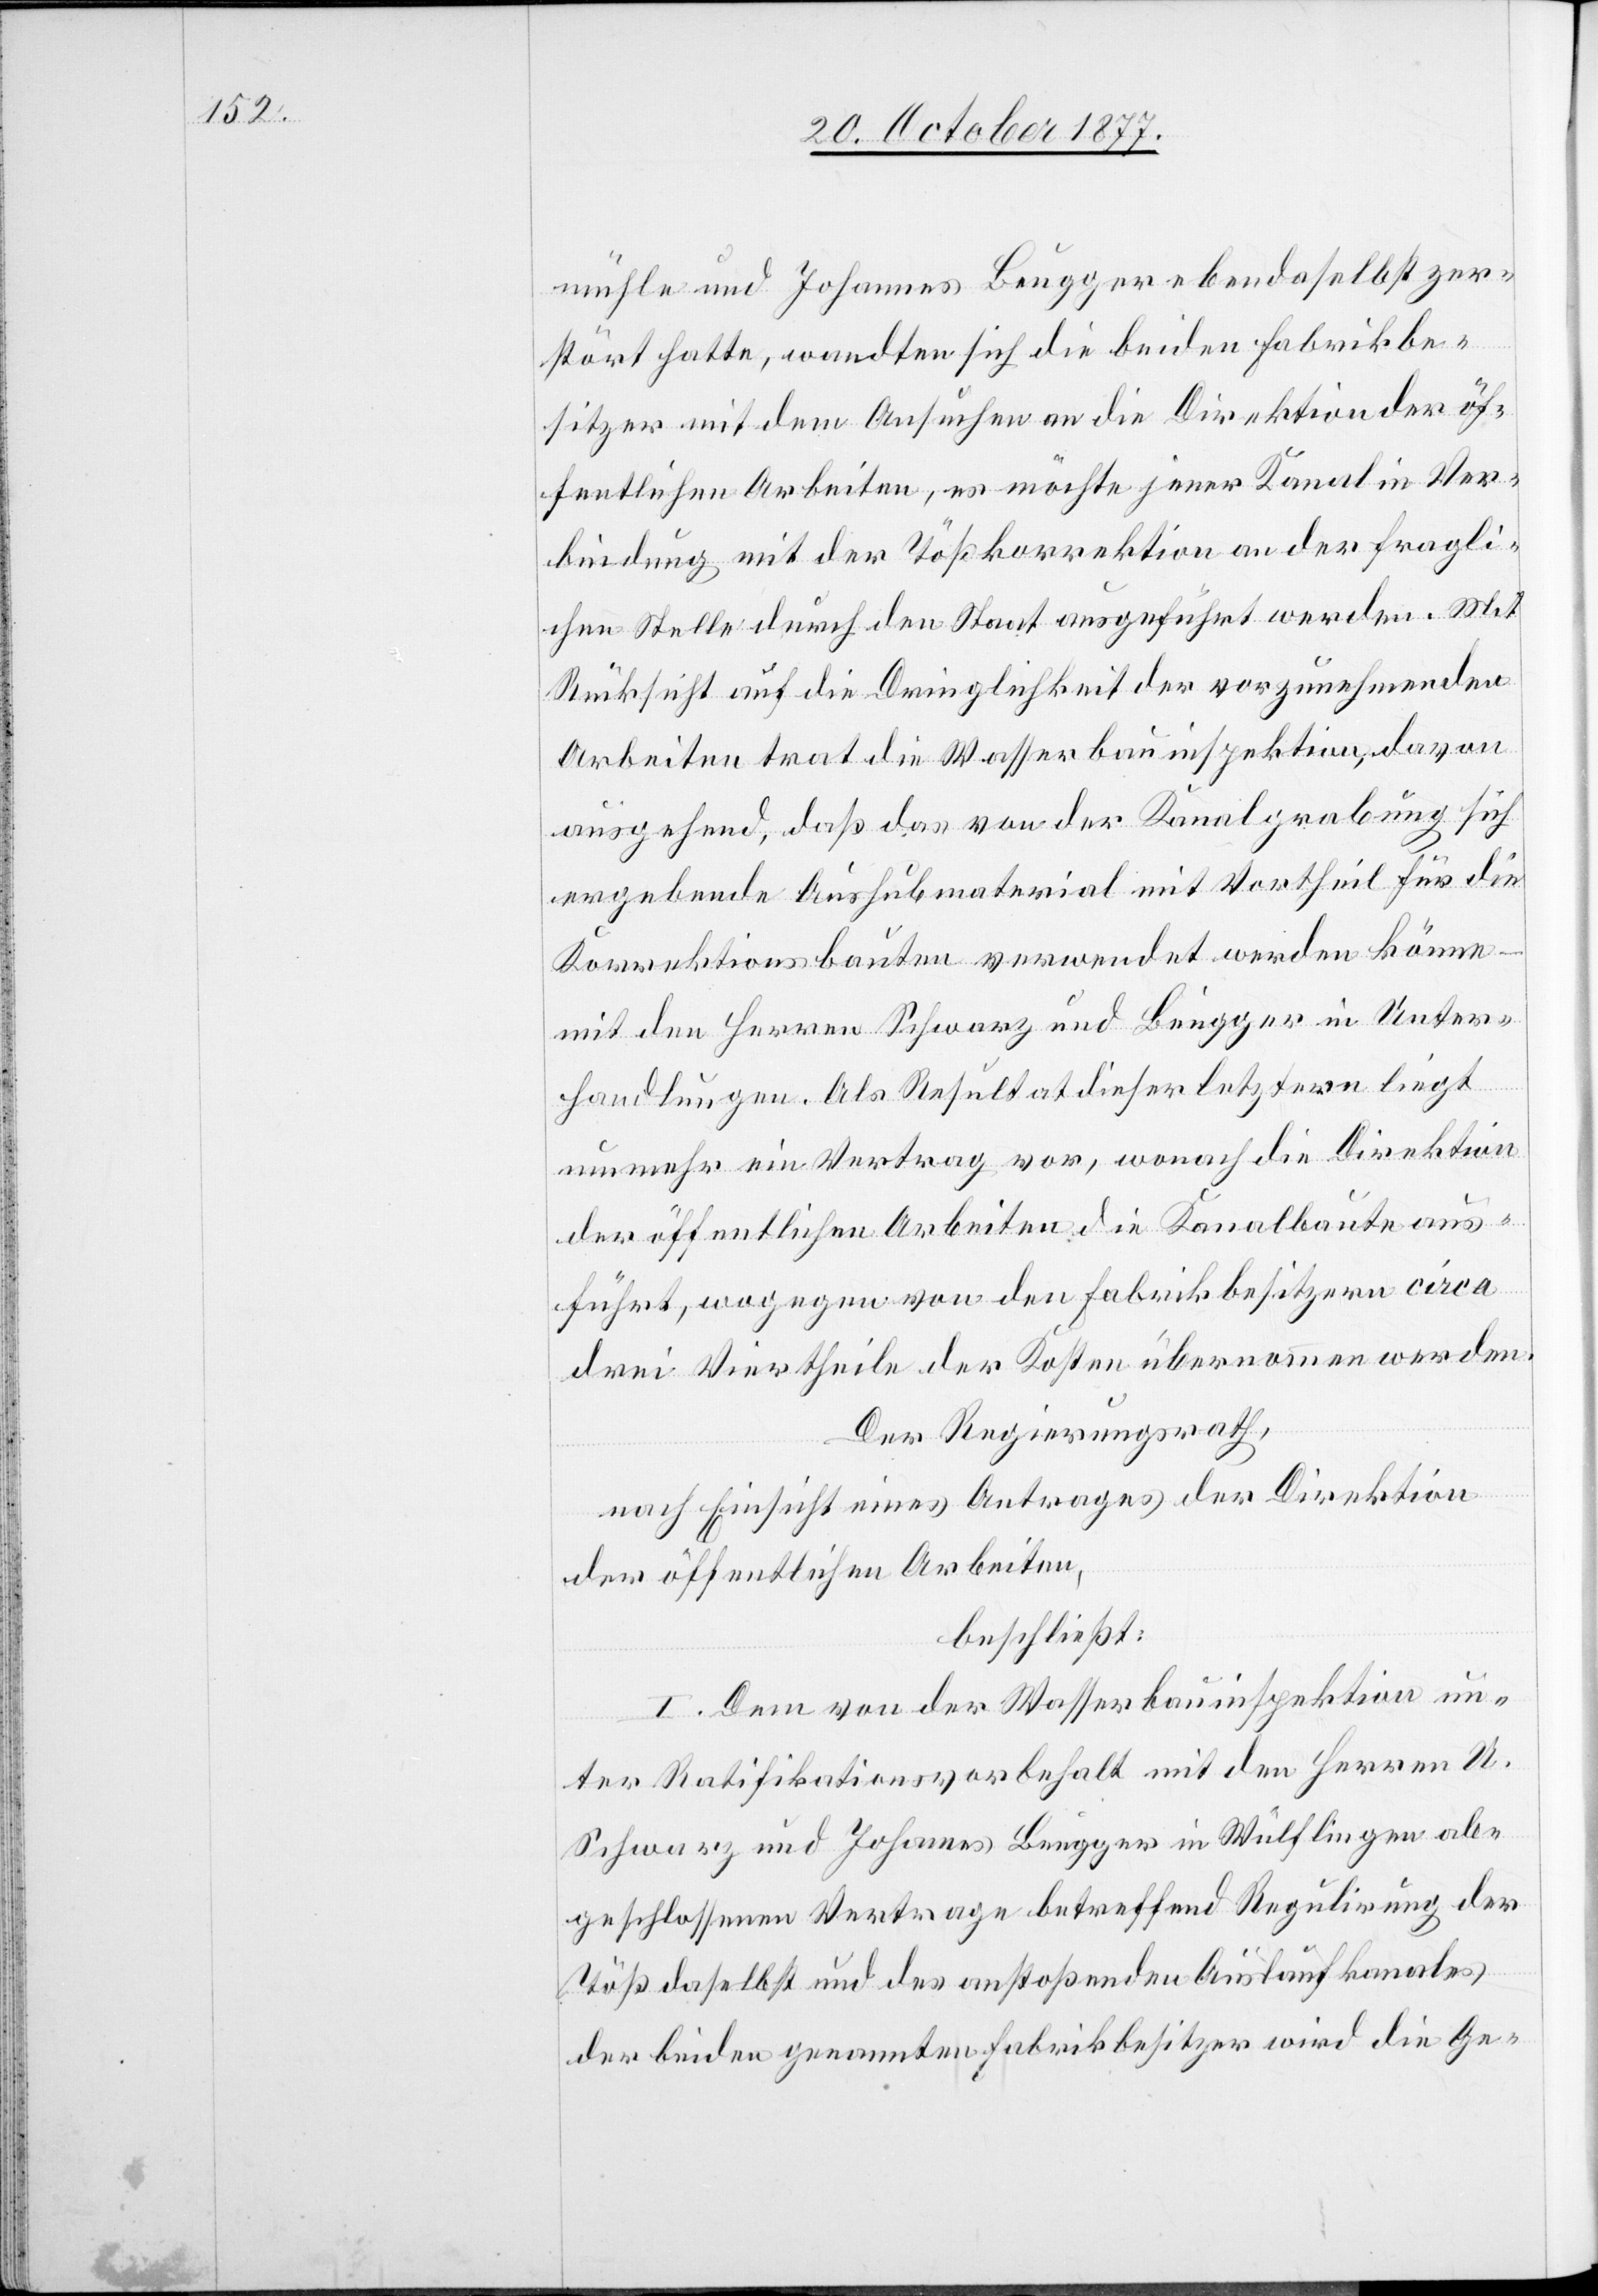
mühle und Johannes Beugger ebendaselbst zer¬
stört hatte, wandten sich die beiden Fabrikbe¬
sitzer mit dem Ansuchen an die Direktion der öf¬
fentlichen Arbeiten, es möchte jener Kanal in Ver¬
bindung mit der Tößkorrektion an der fragli¬
chen Stelle durch den Staat ausgeführt werden. Mit
Rücksicht auf die Dringlichkeit der vorzunehmenden
Arbeiten trat die Wasserbauinspektion, davon
ausgehend, daß das von der Kanalgrabung sich
ergebende Aushubmaterial mit Vortheil für die
Korrektionsbauten verwendet werden könne –
mit den Herren Schwarz und Beugger in Unter¬
handlungen. Als Resultat dieser letztern liegt
nunmehr ein Vertrag vor, wonach die Direktion
der öffentlichen Arbeiten die Kanalbaute aus¬
führt, wogegen von den Fabrikbesitzern circa
drei Viertheile der Kosten übernommen werden.
Der Regierungsrath,
nach Einsicht eines Antrages der Direktion
der öffentlichen Arbeiten,
beschließt:
I. Dem von der Wasserbauinspektion un¬
ter Ratifikationsvorbehalt mit den Herren U.
Schwarz und Johannes Beugger in Wülflingen ab¬
geschlossenen Vertrage betreffend Regulirung der
Töß daselbst und des anstoßenden Auslaufkanales
der beiden genannten Fabrikbesitzer wird die Ge-